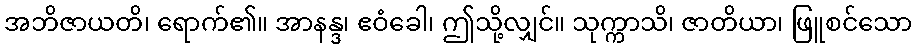
အဘိဇာယတိ၊ ရောက်၏။ အာနန္ဒ၊ ဧဝံခေါ၊ ဤသို့လျှင်။ သုက္ကာသိ၊ ဇာတိယာ၊ ဖြူစင်သော